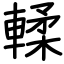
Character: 輮